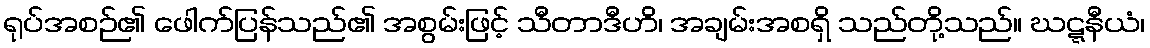
ရုပ်အစဉ်၏ ဖေါက်ပြန်သည်၏ အစွမ်းဖြင့် သီတာဒီဟိ၊ အချမ်းအစရှိ သည်တို့သည်။ ဃဋ္ဋနီယံ၊